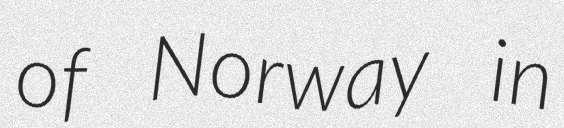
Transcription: of Norway in